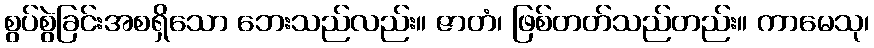
စွပ်စွဲခြင်းအစရှိသော ဘေးသည်လည်း။ ဇာတံ၊ ဖြစ်တတ်သည်တည်း။ ကာမေသု၊